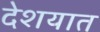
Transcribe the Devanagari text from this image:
देशयात